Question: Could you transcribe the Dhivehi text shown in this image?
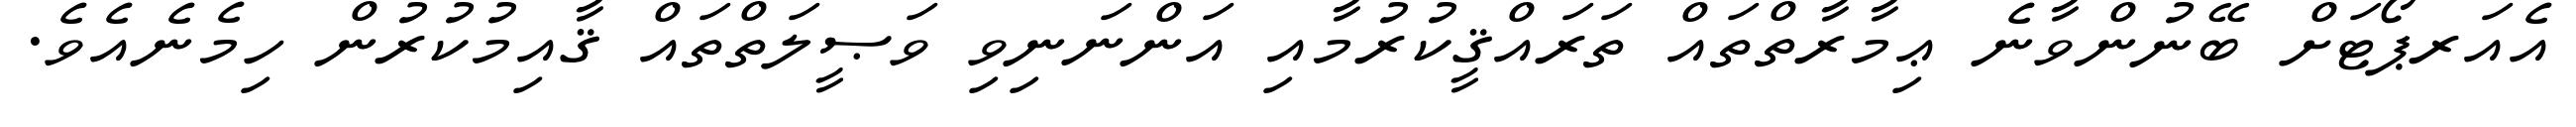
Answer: އެއަރޕޯޓަށް ބޭނުންވާނެ ޢިމާރާތްތައް ތަރައްޤީކުރުމާއި އަންނަނިވި ވަޞީލަތްތައް ޤާއިމުކުރުން ހިމެނެއެވެ.